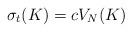
LaTeX: \begin{align*}\sigma_t(K)=cV_N(K)\end{align*}